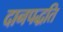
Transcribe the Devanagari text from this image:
दानपद्धति